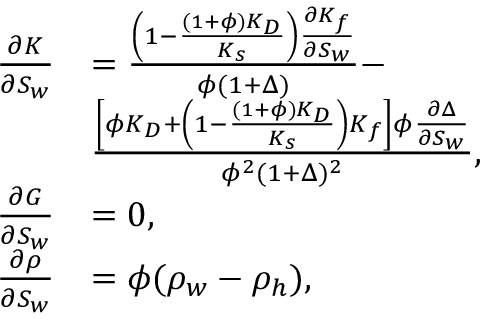
\begin{array} { r } { \begin{array} { r l } { \frac { \partial K } { \partial S _ { w } } } & { = \frac { \left( 1 - \frac { ( 1 + \phi ) K _ { D } } { K _ { s } } \right) \frac { \partial K _ { f } } { \partial S _ { w } } } { \phi ( 1 + \Delta ) } - } \\ & { \frac { \left[ \phi K _ { D } + \left( 1 - \frac { ( 1 + \phi ) K _ { D } } { K _ { s } } \right) K _ { f } \right] \phi \frac { \partial \Delta } { \partial S _ { w } } } { \phi ^ { 2 } ( 1 + \Delta ) ^ { 2 } } , } \\ { \frac { \partial G } { \partial S _ { w } } } & { = 0 , } \\ { \frac { \partial \rho } { \partial S _ { w } } } & { = \phi ( \rho _ { w } - \rho _ { h } ) , } \end{array} } \end{array}